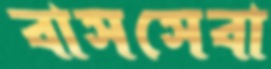
বাসসেবা